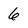
Character: 6